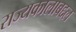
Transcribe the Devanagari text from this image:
राज्यकालाबद्दल